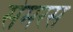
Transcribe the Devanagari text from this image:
सेमरस